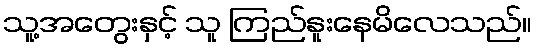
သူ့အတွေးနှင့် သူ ကြည်နူးနေမိလေသည်။